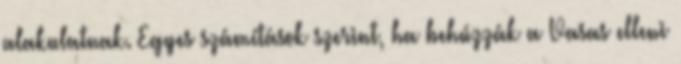
alakulatnak. Egyes számítások szerint, ha behúzzák a Vasas elleni